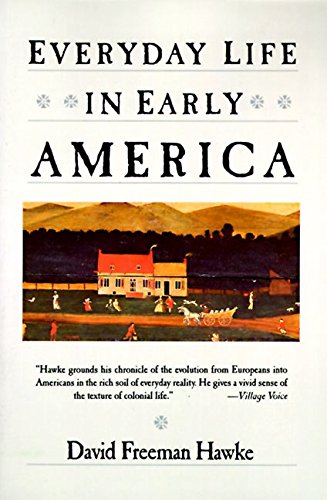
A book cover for Everyday Life in Early America; David Freeman Hawke; History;